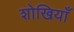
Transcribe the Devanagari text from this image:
शोखियाँ